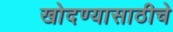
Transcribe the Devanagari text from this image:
खोदण्यासाठीचे